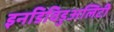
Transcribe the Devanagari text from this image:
इनडिविडुअलिटी